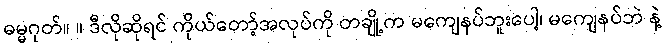
ဓမ္မဂုတ်။ ။ ဒီလိုဆိုရင် ကိုယ်တော့်အလုပ်ကို တချို့က မကျေနပ်ဘူးပေါ့၊ မကျေနပ်ဘဲ နဲ့